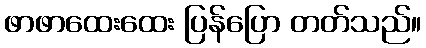
ဖာဖာထေးထေး ပြန်ပြော တတ်သည်။